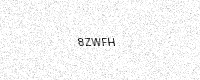
Text: 8ZWFH